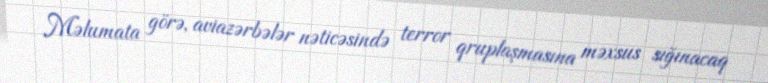
Məlumata görə, aviazərbələr nəticəsində terror qruplaşmasına məxsus sığınacaq